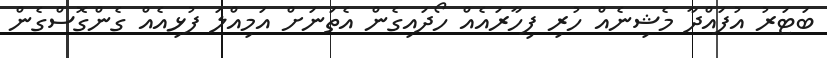
ބަޓަރު އުފައްދާ މެޝިނެއް ހުރި ފިހާރައެއް ހޯދައިގެން އެތަނަށް އަމިއްލަ ފުޅިއެއް ގެންގޮސްގެން